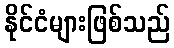
နိုင်ငံများဖြစ်သည်